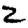
Digit: 2